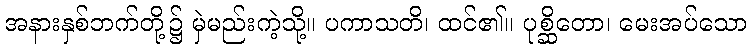
အနားနှစ်ဘက်တို့၌ မှဲမည်းကဲ့သို့။ ပကာသတိ၊ ထင်၏။ ပုစ္ဆိတော၊ မေးအပ်သော